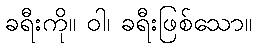
ခရီးကို။ ဝါ၊ ခရီးဖြစ်သော။